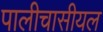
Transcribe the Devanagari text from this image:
पालीचासीयल